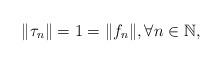
LaTeX: \begin{align*}\|\tau_n\|=1=\|f_n\|, \forall n \in \mathbb{N},\end{align*}